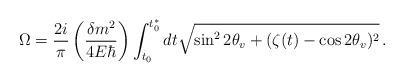
LaTeX: \begin{align*}\Omega = \frac{2i}{\pi} \left(\frac{\delta m^2}{4E\hbar}\right)\int^{t_0^*}_{t_0}{dt \sqrt{\sin^2{2\theta_v} + (\zeta(t) - \cos{2\theta_v})^2}}\,.\end{align*}